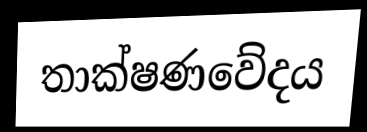
තාක්ෂණවේදය